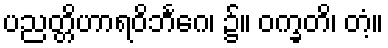
ပညတ္တိဟာရဝိဘင်္ဂေ၊ ၌။ ဝက္ခတိ၊ တံ့။